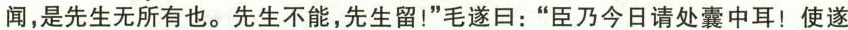
闻，是先生无所有也。先生不能，先生留！”毛遂日：”臣乃今日请处囊中耳！使遂